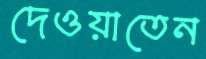
দেওয়াতেন